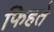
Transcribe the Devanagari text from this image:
फिहते